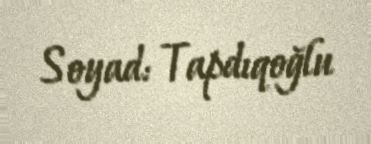
Soyad: Tapdıqoğlu